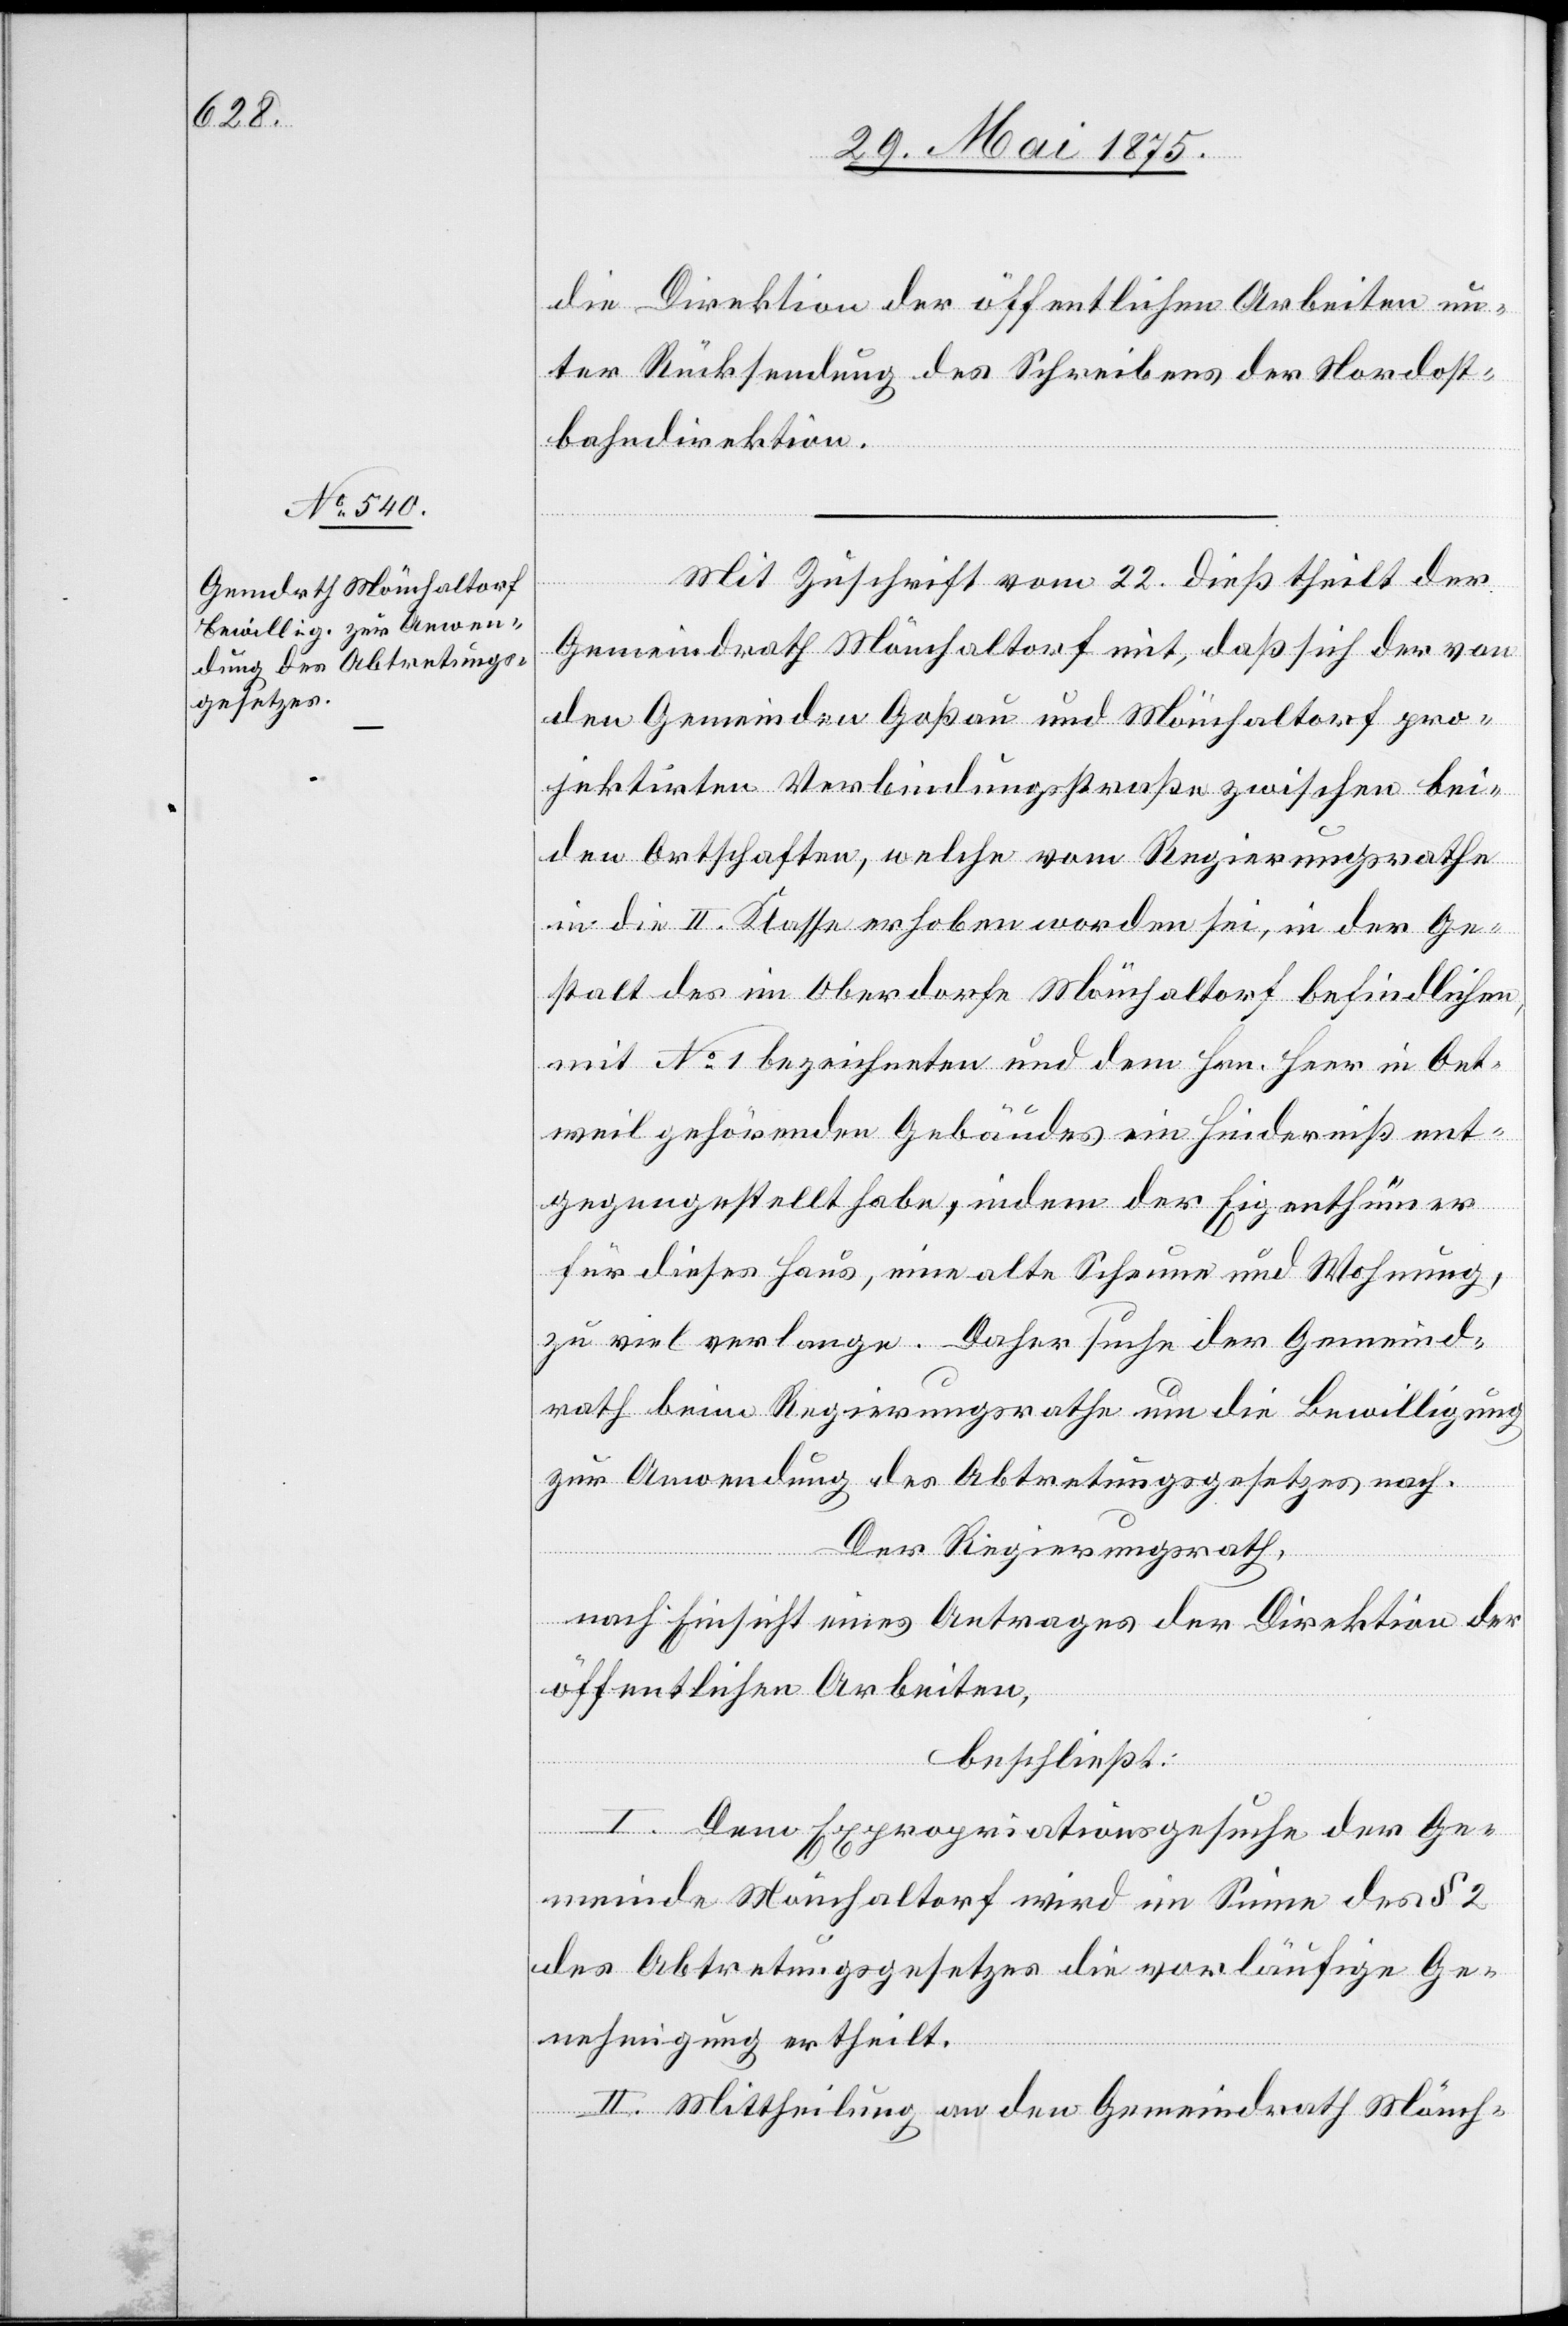
die Direktion der öffentlichen Arbeiten un¬
ter Rücksendung des Schreibens der Nordost¬
bahndirektion.
Mit Zuschrift vom 22. dieß theilt der
Gemeindrath Mönchaltorf mit, daß sich der von
den Gemeinden Goßau und Mönchaltorf pro¬
jektirten Verbindungsstraße zwischen bei¬
den Ortschaften, welche vom Regierungsrathe
in die II. Klasse erhoben worden sei, in der Ge¬
stalt des im Oberdorfe Mönchaltorf befindlichen,
mit No 1 bezeichneten und dem Hrn. Heer in Oet¬
weil gehörenden Gebäudes ein Hinderniß ent¬
gegengestellt habe, indem der Eigenthümer
für dieses Haus, eine alte Scheune und Wohnung,
zu viel verlange. Daher suche der Gemeind¬
rath beim Regierungsrathe um die Bewilligung
zur Anwendung des Abtretungsgesetzes nach.
Der Regierungsrath,
nach Einsicht eines Antrages der Direktion der
öffentlichen Arbeiten,
beschließt:
I. Dem Expropriationsgesuche der Ge¬
meinde Mönchaltorf wird im Sinne des § 2
des Abtretungsgesetzes die vorläufige Ge¬
nehmigung ertheilt.
II. Mittheilung an den Gemeindrath Mönch-